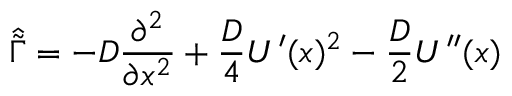
\hat { \tilde { \Gamma } } = - D \frac { \partial ^ { 2 } } { \partial x ^ { 2 } } + \frac { D } { 4 } U ^ { \prime } ( x ) ^ { 2 } - \frac { D } { 2 } U ^ { \prime \prime } ( x )